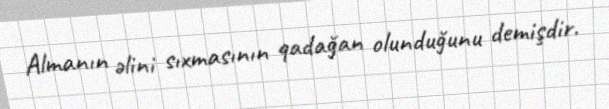
Almanın əlini sıxmasının qadağan olunduğunu demişdir.